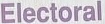
Electoral